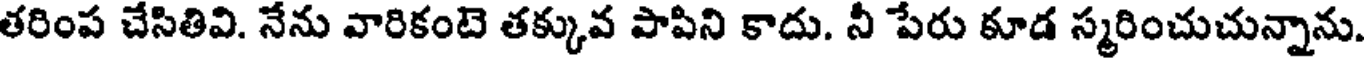
తరింప చేసితివి. నేను వారికంటె తక్కువ పాపిని కాదు. నీ పేరు కూడ స్మరించుచున్నాను.